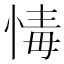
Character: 𢝂